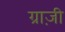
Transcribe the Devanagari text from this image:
ग्राज़ी